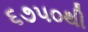
૬૭૫૦થી